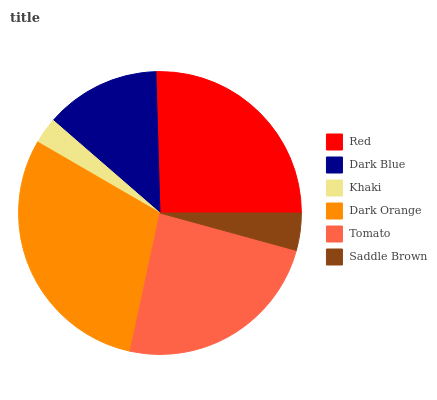
| Red | Dark Blue | Khaki | Dark Orange | Tomato | Saddle Brown |
 | --- | --- | --- | --- | --- | --- |
 | 25.5% | 13.2% | 2.99% | 29.9% | 24.2% | 4.27% |